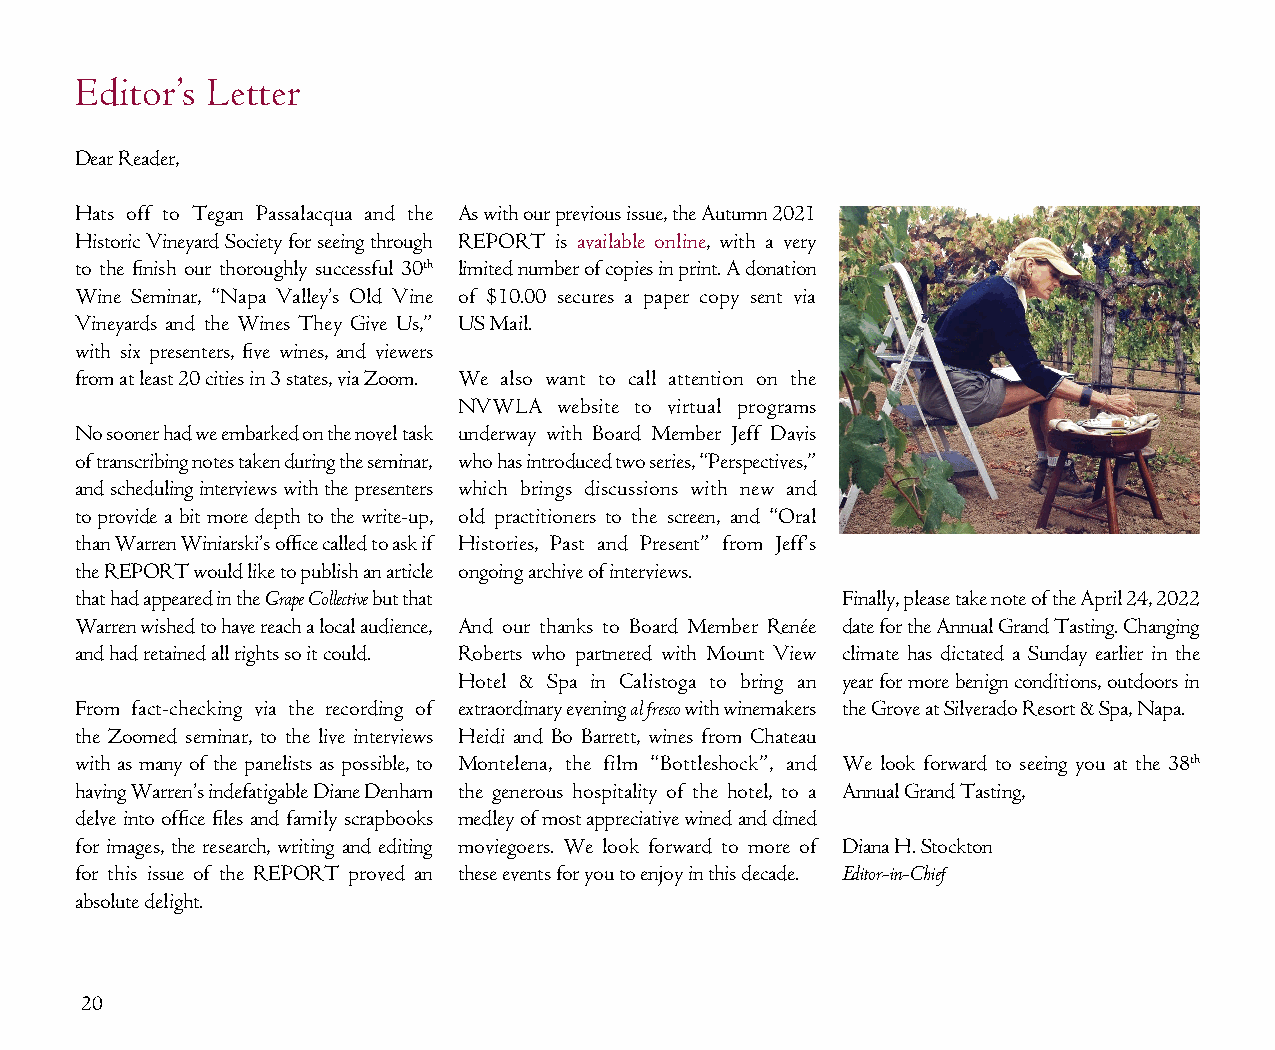
Editor’s Letter
 Dear Reader,
 Hats off to Tegan Passalacqua and the As with our previous issue, the Autumn 2021
 Historic Vineyard Society for seeing through REPORT is available online, with a very
 to the finish our thoroughly successful 30th limited number of copies in print. A donation
 Wine Seminar, “Napa Valley’s Old Vine of $10.00 secures a paper copy sent via
 Vineyards and the Wines They Give Us,” US Mail.
 with six presenters, five wines, and viewers
 from at least 20 cities in 3 states, via Zoom. We also want to call attention on the
 NVWLA  website to virtual programs
 No sooner had we embarked on the novel task underway with Board Member Jeff Davis
 of transcribing notes taken during the seminar, who has introduced two series, “Perspectives,”
 and scheduling interviews with the presenters which brings discussions with new and
 to provide a bit more depth to the write-up, old practitioners to the screen, and “Oral
 than Warren Winiarski’s office called to ask if Histories, Past and Present” from Jeff’s
 the REPORT would like to publish an article ongoing archive of interviews.
 that had appeared in the Grape Collective but that Finally, please take note of the April 24, 2022
 Warren wished to have reach a local audience, And our thanks to Board Member Renée date for the Annual Grand Tasting. Changing
 and had retained all rights so it could. Roberts who partnered with Mount View climate has dictated a Sunday earlier in the
 Hotel & Spa in Calistoga to bring an year for more benign conditions, outdoors in
 From fact-checking via the recording of extraordinary evening al fresco with winemakers the Grove at Silverado Resort & Spa, Napa.
 the Zoomed seminar, to the live interviews Heidi and Bo Barrett, wines from Chateau
 with as many of the panelists as possible, to Montelena, the film “Bottleshock”, and We look forward to seeing you at the 38th
 having Warren’s indefatigable Diane Denham the generous hospitality of the hotel, to a Annual Grand Tasting,
 delve into office files and family scrapbooks medley of most appreciative wined and dined
 for images, the research, writing and editing moviegoers. We look forward to more of Diana H. Stockton
 for this issue of the REPORT proved an these events for you to enjoy in this decade. Editor-in-Chief
 absolute delight.
 20